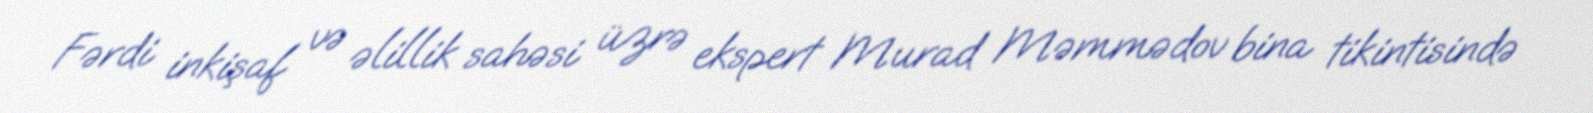
Fərdi inkişaf və əlillik sahəsi üzrə ekspert Murad Məmmədov bina tikintisində